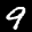
Label: 9